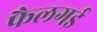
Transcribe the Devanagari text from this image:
फैलगई